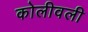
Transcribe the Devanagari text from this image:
कोलीवली